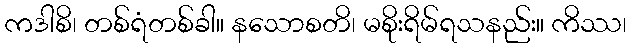
ကဒါစိ၊ တစ်ရံတစ်ခါ။ နသောစတိ၊ မစိုးရိမ်ရသနည်း။ ကိဿ၊